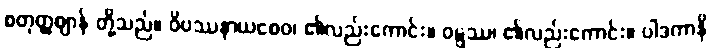
စတုတ္ထဈာန် တို့သည်။ ဝိပဿနာယစေဝ၊ ၏လည်းကောင်း။ ဝဋ္ဋဿ၊ ၏လည်းကောင်း။ ပါဒကာနိ